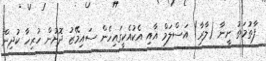
ފާތުމަތު ނީނާ (ލާރާ) އަސްލަމް އާއި އެކުއެކީގައިހެން ސައިމޭޒު ދޮށުން ހުރިހާ ކުދިން